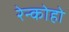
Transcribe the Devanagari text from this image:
रेन्कोहो